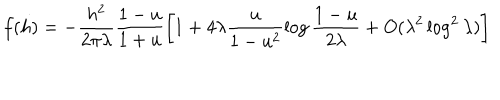
f ( h ) = - \frac { h ^ { 2 } } { 2 \pi \lambda } \frac { 1 - u } { 1 + u } \left[ 1 + 4 \lambda \frac { u } { 1 - u ^ { 2 } } \log \frac { 1 - u } { 2 \lambda } + O ( \lambda ^ { 2 } \log ^ { 2 } \lambda ) \right]